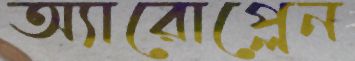
অ্যারোপ্লেন